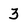
Character: 3